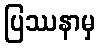
ပြဿနာမှ